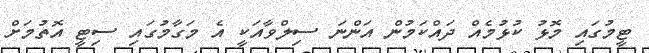
ޓީމުގައި މޮޅު ކުޅުމެއް ދައްކަމުން އަންނަ ސިލްވާއަކީ އެ މަގާމުގައި ސިޓީ އޮތުމަށް